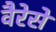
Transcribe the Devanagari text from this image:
वैरेसे